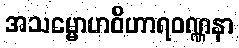
အသမ္မောဟဝိဟာရဝဏ္ဏနာ